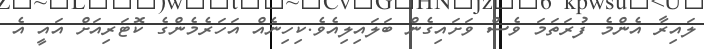
ލައިރާ އެންމެ ފުރަތަމަ ވެސް ވަށައިގެން ބަލައިލިއެވެ.ކިހިނެއް އަހަރެމެންގެ ކޮޓަރިއަށް އައީ އެ